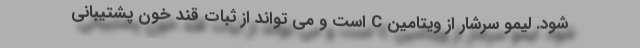
شود. لیمو سرشار از ویتامین C است و می تواند از ثبات قند خون پشتیبانی